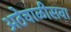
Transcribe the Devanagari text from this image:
अठेचाळीसवा